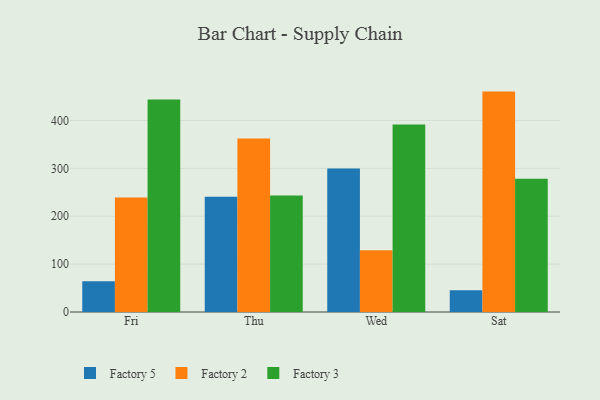
{"axis": {"x": "Day", "y": "Website Visitors"}, "legend": ["Factory 2", "Factory 3", "Factory 5"], "data": [{"x": "Fri", "y": 64.2, "type": "Factory 5"}, {"x": "Fri", "y": 239.2, "type": "Factory 2"}, {"x": "Fri", "y": 444.1, "type": "Factory 3"}, {"x": "Thu", "y": 240.9, "type": "Factory 5"}, {"x": "Thu", "y": 362.4, "type": "Factory 2"}, {"x": "Thu", "y": 243.1, "type": "Factory 3"}, {"x": "Wed", "y": 299.6, "type": "Factory 5"}, {"x": "Wed", "y": 129.2, "type": "Factory 2"}, {"x": "Wed", "y": 391.9, "type": "Factory 3"}, {"x": "Sat", "y": 45.4, "type": "Factory 5"}, {"x": "Sat", "y": 460.4, "type": "Factory 2"}, {"x": "Sat", "y": 278.4, "type": "Factory 3"}]}